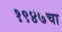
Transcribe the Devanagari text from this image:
१९४७चा